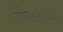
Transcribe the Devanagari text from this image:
शेकाटयांना